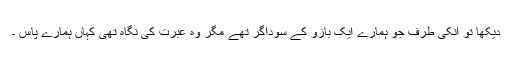
دیکھا تو انکی طرف جو ہمارے ایک بازو کے سوداگر تھے مگر وہ عبرت کی نگاہ تھی کہاں ہمارے پاس ۔